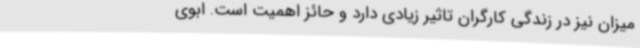
میزان نیز در زندگی کارگران تاثیر زیادی دارد و حائز اهمیت است. ابوی